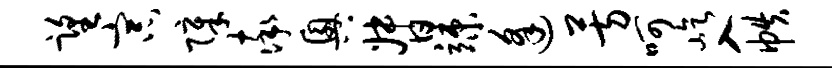
望宗障率兴督竦逢芳呵屹入帙